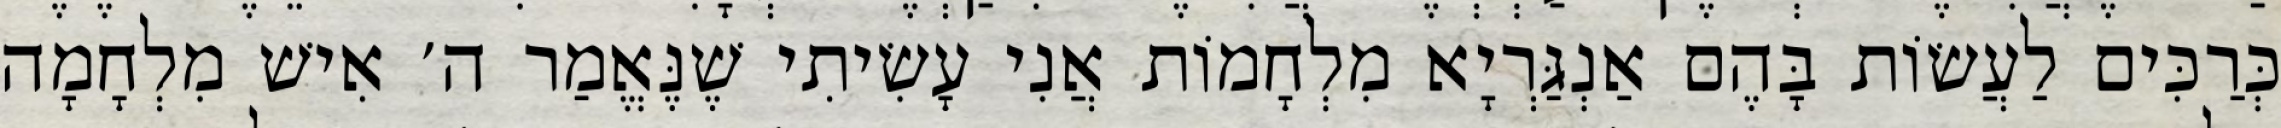
כְּרַכִּים לַעֲשׂוֹת בָּהֶם אַנְגַּרְיָא מִלְחָמוֹת אֲנִי עָשִׂיתִי שֶׁנֶּאֱמַר ה׳ אִישׁ מִלְחָמָה